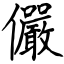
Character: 儼